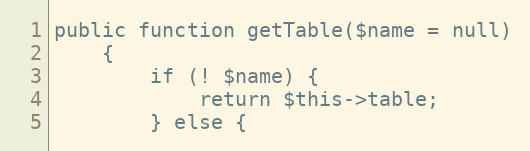
Language: PHP
public function getTable($name = null)
    {
        if (! $name) {
            return $this->table;
        } else {